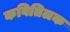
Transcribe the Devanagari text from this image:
कवितिलक